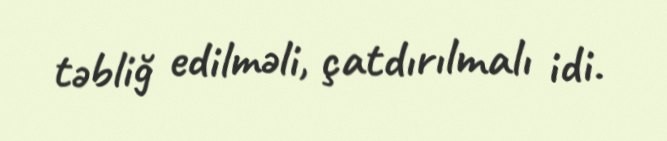
təbliğ edilməli, çatdırılmalı idi.